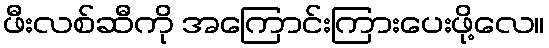
ဖီးလစ်ဆီကို အကြောင်းကြားပေးဖို့လေ။